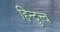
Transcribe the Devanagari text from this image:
हिन्दुत्त्व